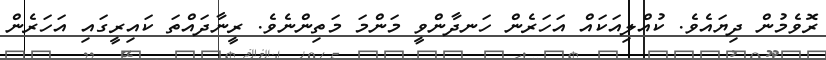
ރޮވެމުން ދިޔައެވެ. ކުއްލިއަކައް އަހަރެން ހަނދާންވީ މަންމަ މަތިންނެވެ. ރީނާދައްތަ ކައިރީގައި އަހަރެން